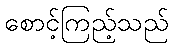
စောင့်ကြည့်သည်